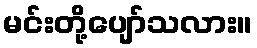
မင်းတို့ပျော်သလား။